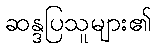
ဆန္ဒပြသူများ၏